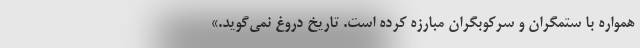
همواره با ستمگران و سرکوبگران مبارزه کرده است. تاریخ دروغ نمی‌گوید.»